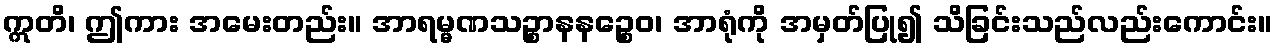
ဣတိ၊ ဤကား အမေးတည်း။ အာရမ္မဏသဉ္စာနနဉ္စေဝ၊ အာရုံကို အမှတ်ပြု၍ သိခြင်းသည်လည်းကောင်း။